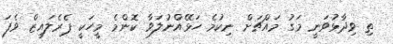
ތި ވިދާޅުވަނީ މަގު މައްޗަށް ނިކުމެ ހަޅޭއްނުލަވާ ކޮންމެ މީހަކީ ޕެރެލައިޒް ވެފަ